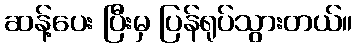
ဆန့်ပေး ပြီးမှ ပြန်ရုပ်သွားတယ်။